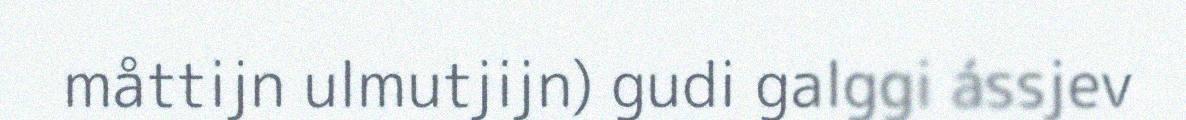
måttijn ulmutjijn) gudi galggi ássjev